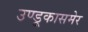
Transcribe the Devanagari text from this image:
उण्डूकासमेर